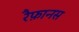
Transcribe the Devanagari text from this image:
रैफ़ानस